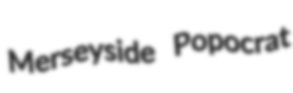
Merseyside Popocrat